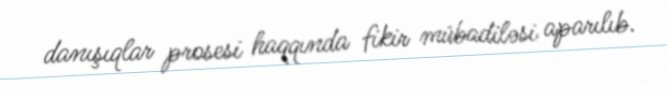
danışıqlar prosesi haqqında fikir mübadiləsi aparılıb.